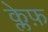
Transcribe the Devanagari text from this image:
क्लेफ़